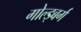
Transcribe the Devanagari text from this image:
गोल्ड्बर्ग